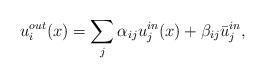
LaTeX: \begin{align*}u_{i}^{out}(x)=\sum_{j}\alpha_{ij}u_{j}^{in}(x)+\beta_{ij}\bar{u}_{j}^{in},\end{align*}